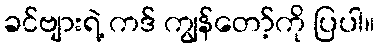
ခင်ဗျားရဲ့ ကဒ် ကျွန်တော့်ကို ပြပါ။